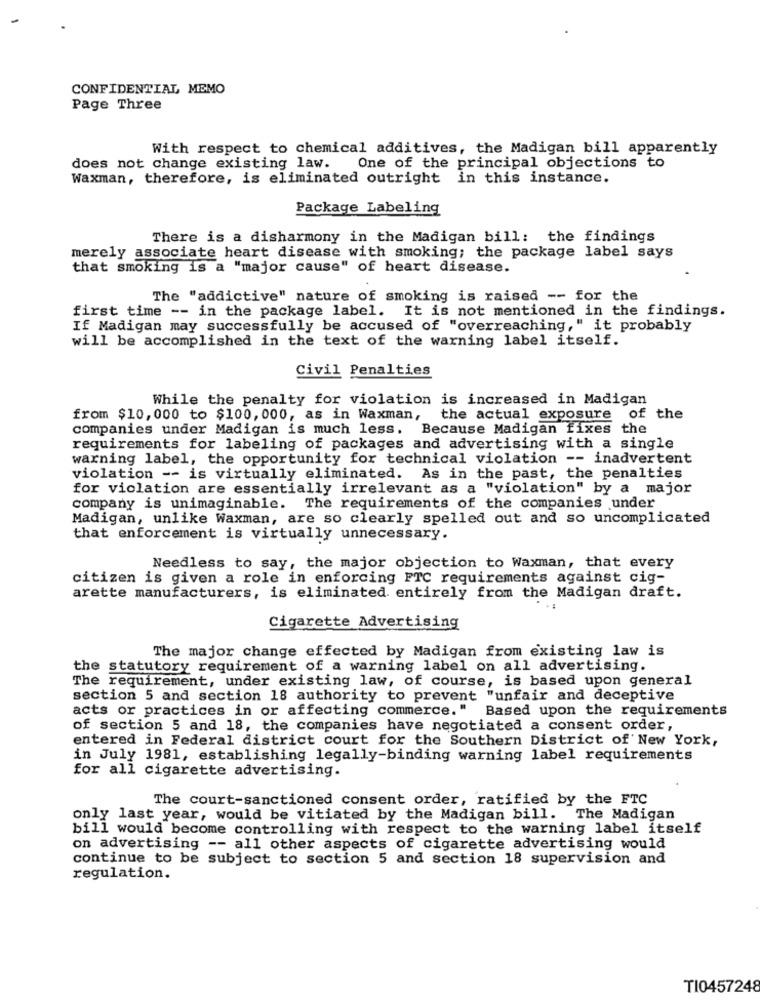
CONFIDENTIAL MEMO
Page Three
With respect to chemical additives, the Madigan bill apparently
does not change existing law.
One of the principal objections to
Waxman, therefore, is eliminated outright in this instance.
Package Labeling
There is a disharmony in the Madigan bill: the findings
merely associate heart disease with smoking; the package label says
that smoking is a "major cause" of heart disease.
The "addictive" nature of smoking is raised -- for the
first time -- in the package label. It is not mentioned in the findings.
If Madigan may successfully be accused of "overreaching," it probably
will be accomplished in the text of the warning label itself.
Civil Penalties
While the penalty for violation is increased in Madigan
from $10, 000 to $100, 000, as in Waxman,
the actual exposure of the
companies under Madigan is much less.
Because Madigan fixes the
requirements for labeling of packages and advertising with a single
warning label, the opportunity for technical violation -- inadvertent
violation -- is virtually eliminated. As in the past, the penalties
for violation are essentially irrelevant as a "violation" by a major
company is unimaginable. The requirements of the companies under
Madigan, unlike Waxman, are so clearly spelled out and so uncomplicated
that enforcement is virtually unnecessary.
Needless to say, the major objection to Waxman, that every
citizen is given a role in enforcing FTC requirements against cig-
arette manufacturers, is eliminated entirely from the Madigan draft.
Cigarette Advertising
The major change effected by Madigan from existing law is
the statutory requirement of a warning label on all advertising.
The requirement, under existing law, of course, is based upon general
section 5 and section 18 authority to prevent "unfair and deceptive
acts or practices in or affecting commerce."
Based upon the requirements
of section 5 and 18, the companies have negotiated a consent order,
entered in Federal district court for the Southern District of New York,
in July 1981, establishing legally-binding warning label requirements
for all cigarette advertising.
The court-sanctioned consent order, ratified by the FTC
only last year, would be vitiated by the Madigan bill. The Madigan
bill would become controlling with respect to the warning label itself
on advertising -- all other aspects of cigarette advertising would
continue to be subject to section 5 and section 18 supervision and
regulation.
TI0457248